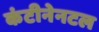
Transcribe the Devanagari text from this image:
कंटीनेनटल